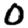
Digit: 0